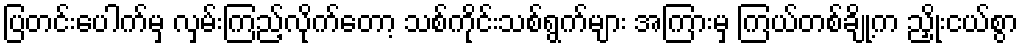
ပြတင်းပေါက်မှ လှမ်းကြည့်လိုက်တော့ သစ်ကိုင်းသစ်ရွက်များ အကြားမှ ကြယ်တစ်ချို့က ညှိုးငယ်စွာ